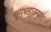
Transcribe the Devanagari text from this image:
धूमधडाक्यात